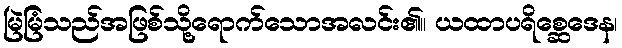
မြဲမြံသည်အဖြစ်သို့ရောက်သောအလင်း၏။ ယထာပရိစ္ဆေဒေန၊